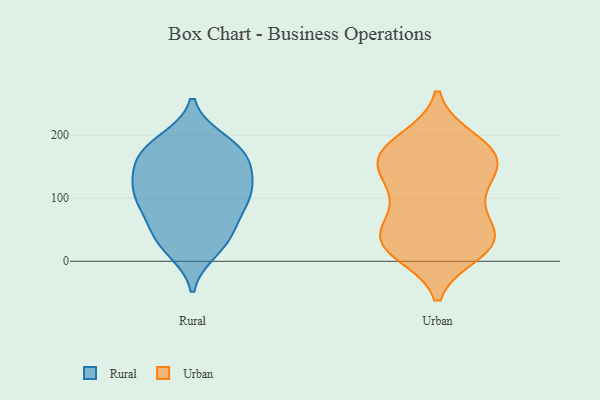
{"axis": {"x": "Gross Profit (USD K)", "y": "Value"}, "legend": ["Rural", "Urban"], "data": [{"x": "", "y": 91, "type": "Rural"}, {"x": "", "y": 106, "type": "Rural"}, {"x": "", "y": 187, "type": "Rural"}, {"x": "", "y": 53, "type": "Rural"}, {"x": "", "y": 18, "type": "Rural"}, {"x": "", "y": 63, "type": "Rural"}, {"x": "", "y": 101, "type": "Rural"}, {"x": "", "y": 30, "type": "Rural"}, {"x": "", "y": 171, "type": "Rural"}, {"x": "", "y": 116, "type": "Rural"}, {"x": "", "y": 97, "type": "Rural"}, {"x": "", "y": 166, "type": "Rural"}, {"x": "", "y": 157, "type": "Rural"}, {"x": "", "y": 130, "type": "Rural"}, {"x": "", "y": 191, "type": "Rural"}, {"x": "", "y": 32, "type": "Rural"}, {"x": "", "y": 170, "type": "Rural"}, {"x": "", "y": 132, "type": "Rural"}, {"x": "", "y": 112, "type": "Urban"}, {"x": "", "y": 29, "type": "Urban"}, {"x": "", "y": 192, "type": "Urban"}, {"x": "", "y": 15, "type": "Urban"}, {"x": "", "y": 172, "type": "Urban"}, {"x": "", "y": 31, "type": "Urban"}, {"x": "", "y": 156, "type": "Urban"}, {"x": "", "y": 39, "type": "Urban"}, {"x": "", "y": 156, "type": "Urban"}, {"x": "", "y": 79, "type": "Urban"}, {"x": "", "y": 38, "type": "Urban"}, {"x": "", "y": 133, "type": "Urban"}, {"x": "", "y": 166, "type": "Urban"}, {"x": "", "y": 40, "type": "Urban"}, {"x": "", "y": 159, "type": "Urban"}, {"x": "", "y": 187, "type": "Urban"}, {"x": "", "y": 21, "type": "Urban"}, {"x": "", "y": 100, "type": "Urban"}]}